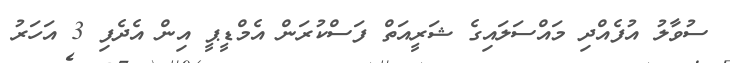
ސުވާލު އުފެއްދި މައްސަލައިގެ ޝަރީއަތް ފަސްކުރަން އެމްޑީޕީ އިން އެދެފި 3 އަހަރު